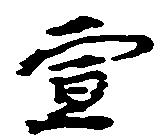
宣